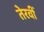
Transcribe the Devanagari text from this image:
तेरवीं